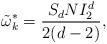
LaTeX: \begin{align*}\tilde{\omega}^{*}_{k}=\frac{S_{d}NI_{2}^{d}}{2(d-2)},\end{align*}